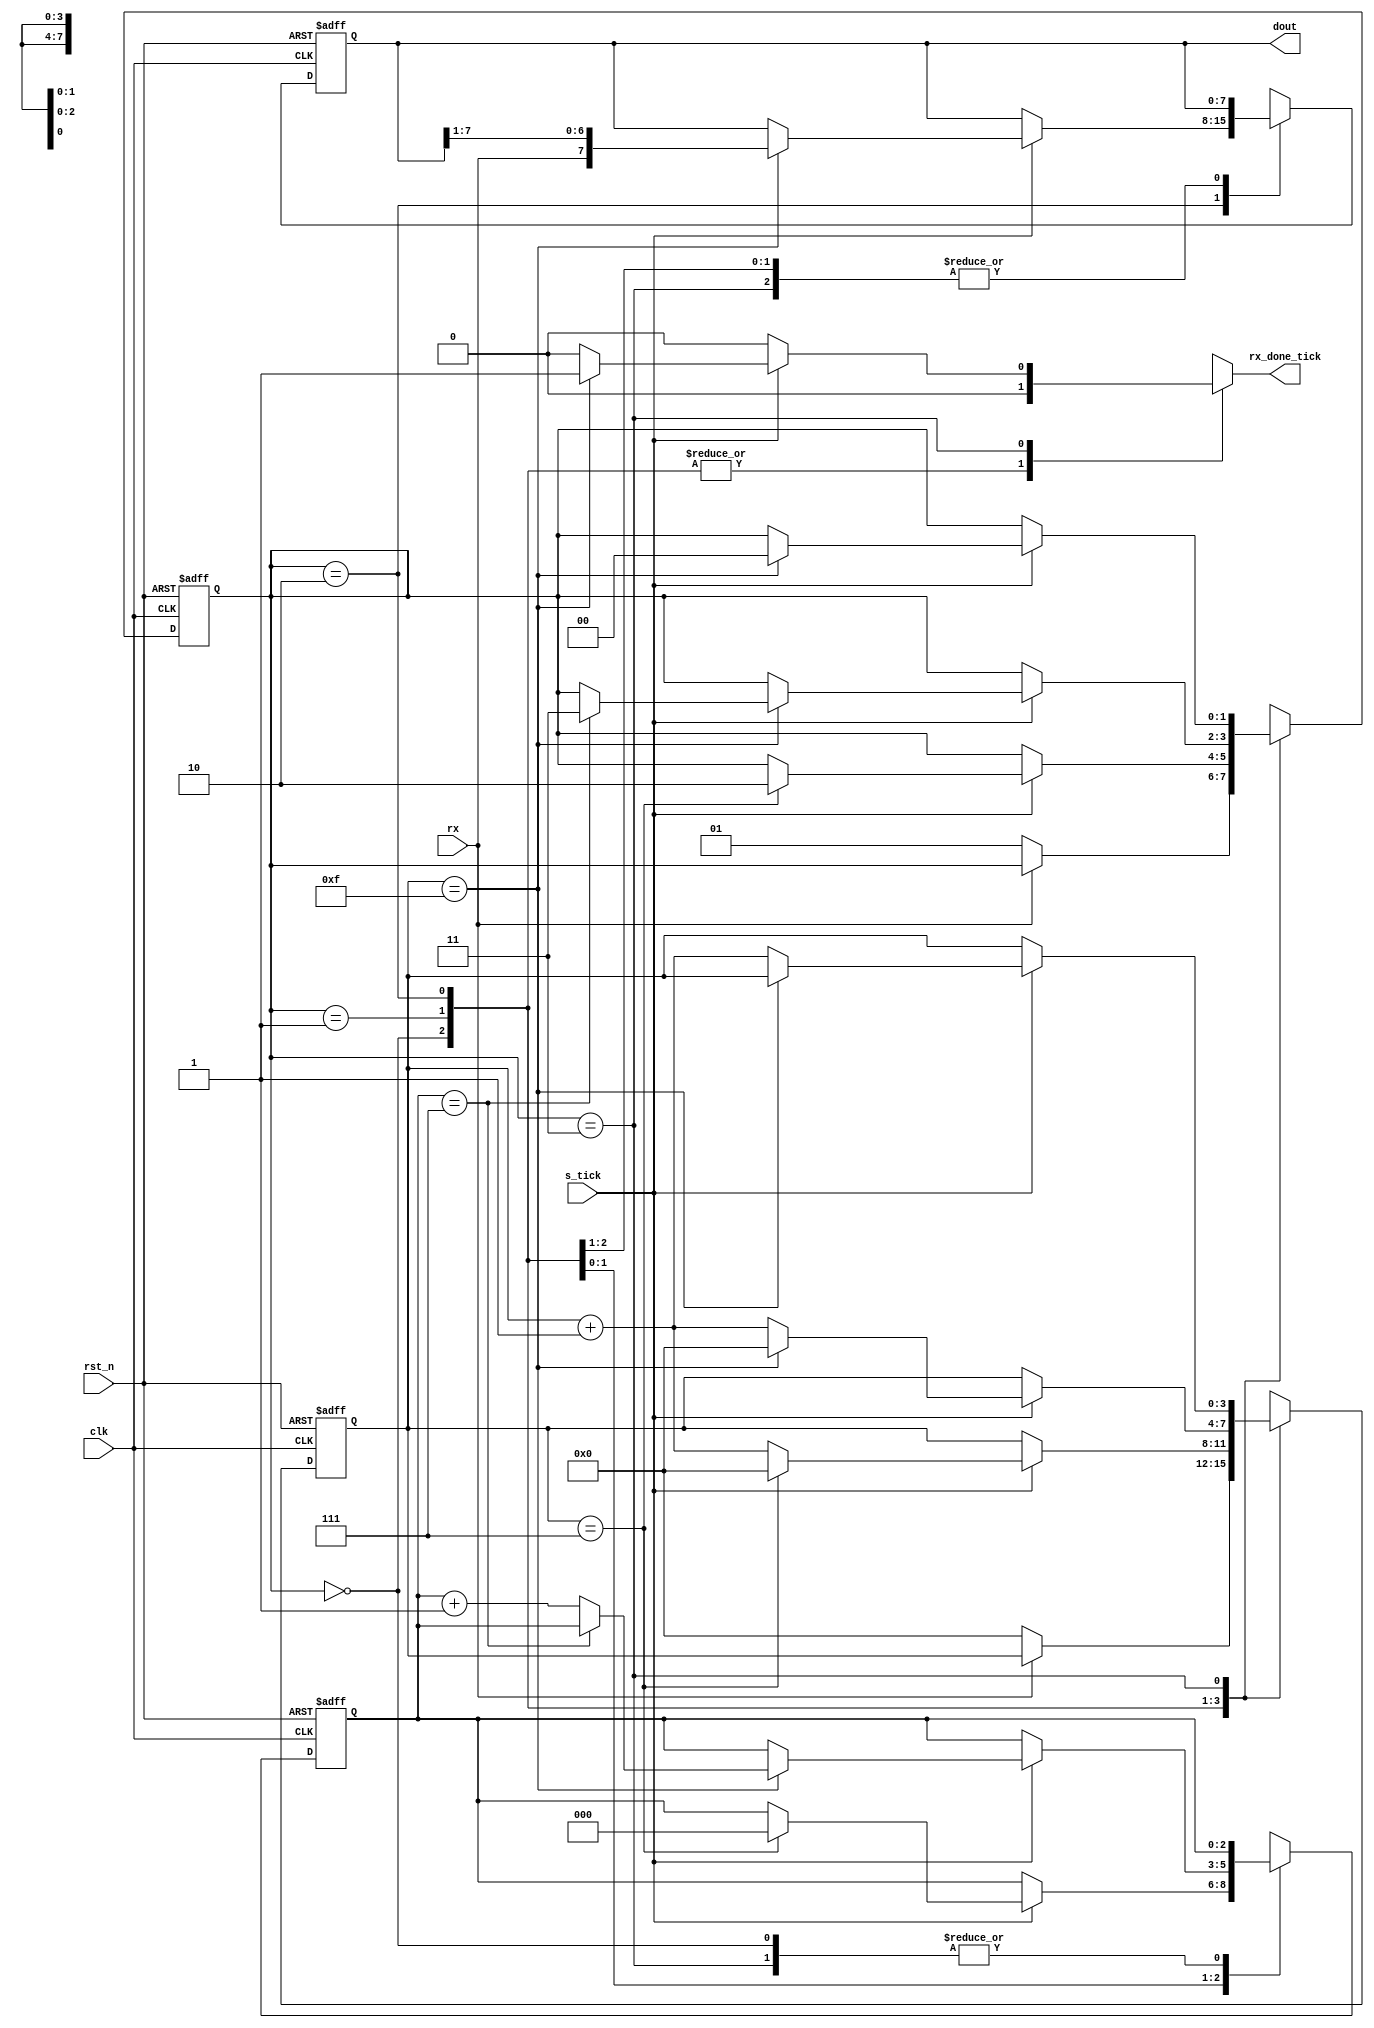
`timescale 1ns / 1ps
//////////////////////////////////////////////////////////////////////////////////
// Company: 
// Engineer: 
// 
// Design Name: 
// Module Name:    uart_rx 
// Project Name: 
// Target Devices: 
// Tool versions: 
// Description: 
//
// Dependencies: 
//
// Revision: 
// Revision 0.01 - File Created
// Additional Comments: 
//
//////////////////////////////////////////////////////////////////////////////////
module uart_rx #(parameter DBIT=8,SB_TICK=16) //DBIT=data bits , SB_TICK=ticks for stop bit (16 for 1 bit ,32 for 2 bits)
	(
		input clk,rst_n,
		input rx,
		input s_tick,
		output reg rx_done_tick,
		output[7:0] dout
    );
	 //FSM state declarations
	 localparam[1:0] idle=2'b00,
							start=2'b01,
							data=2'b10,
							stop=2'b11;
	 reg[1:0] state_reg,state_nxt;
	 reg[3:0] s_reg,s_nxt; //check if number of ticks is 7(middle of start bit), or 15(middle of a data bit)
	 reg[2:0] n_reg,n_nxt; //checks how many data bits is already passed(value is 7 for last bit)
	 reg[7:0] b_reg,b_nxt; //stores 8-bit binary value of received data bits
	 //FSM register operation
	 always @(posedge clk,negedge rst_n) begin
		if(!rst_n) begin
			state_reg<=idle;
			s_reg<=0;
			n_reg<=0;
			b_reg<=0;
		end
		else begin
			state_reg<=state_nxt;
			s_reg<=s_nxt;
			n_reg<=n_nxt;
			b_reg<=b_nxt;		
		end
	 end
	 //FSM next-state logic
	 always @* begin
		state_nxt=state_reg;
		s_nxt=s_reg;
		n_nxt=n_reg;
		b_nxt=b_reg;
		rx_done_tick=0;
		case(state_reg)
			 idle: if(rx==0) begin //wait for start bit(rx of zero)
						s_nxt=0;
						state_nxt=start;
					 end						
			start: if(s_tick==1) begin //wait for middle of start bit
						if(s_reg==7) begin
							s_nxt=0;
							n_nxt=0;
							state_nxt=data;
						end
						else s_nxt=s_reg+1;
					 end
		    data: if(s_tick==1) begin //wait to pass all middle points of every data bits
						if(s_reg==15) begin
							b_nxt={rx,b_reg[7:1]};
							s_nxt=0;
							if(n_reg==DBIT-1) state_nxt=stop;
							else n_nxt=n_reg+1;
						end
						else s_nxt=s_reg+1;
					 end
			 stop: if(s_tick==1) begin  //wait to pass the required stop bits
						if(s_reg==SB_TICK-1) begin
							rx_done_tick=1;
							state_nxt=idle;
						end
  						else s_nxt=s_reg+1;
					 end	
		 default: state_nxt=idle;
		endcase
	 end
	 assign dout=b_reg;
endmodule